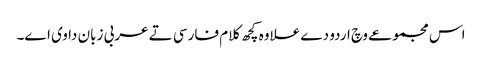
اس مجموعے وچ اردو دے علاوہ کچھ کلام فارسی تے عربی زبان دا وی ا‏‏ے۔